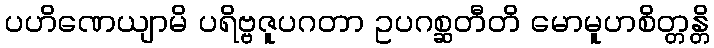
ပဟိဏေယျာမိ ပရိဗ္ဗဇူပဂတာ ဥပဂစ္ဆတီတိ မောမူဟစိတ္တန္တိ